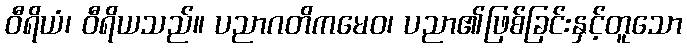
ဝီရိယံ၊ ဝီရိယသည်။ ပညာဂတိကမေဝ၊ ပညာ၏ဖြစ်ခြင်းနှင့်တူသော